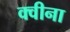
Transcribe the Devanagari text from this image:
क्वीना